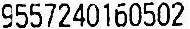
9557240160502